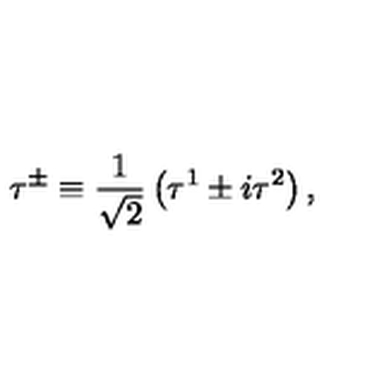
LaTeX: \tau ^ { \pm } \equiv { \frac { 1 } { \sqrt { 2 } } } \left( \tau ^ { 1 } \pm i \tau ^ { 2 } \right) ,